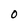
Character: O